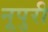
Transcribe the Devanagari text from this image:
नूपुरी